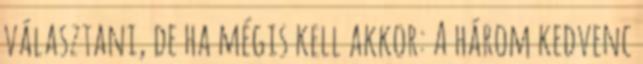
választani, de ha mégis kell akkor: A három kedvenc